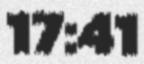
17:41